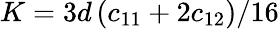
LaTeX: K=3d\left(c_{11}+2c_{12}\right)/16